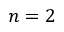
n = 2